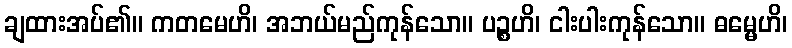
ချထားအပ်၏။ ကတမေဟိ၊ အဘယ်မည်ကုန်သော။ ပဉ္စဟိ၊ ငါးပါးကုန်သော။ ဓမ္မေဟိ၊